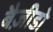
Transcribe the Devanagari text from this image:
बैज़ीडो